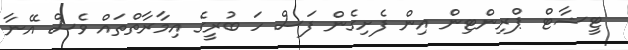
ޓީޝާޓް ޕްރިންޓިން އިން ފެށިގެން ފަސް ހަ ބުރީގެ އިމާރާތްތައް ވެސް އޭނާ